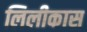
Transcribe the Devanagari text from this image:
लिलीकास